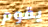
يقوم